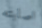
اصابته